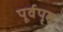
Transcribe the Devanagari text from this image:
पूर्वपृष्ठ